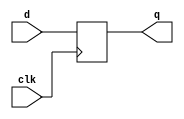
module flopr # (parameter WIDTH = 8)
               (input                    clk,
                input      [WIDTH - 1:0] d,
                output reg [WIDTH - 1:0] q);

    always @ (posedge clk)
        q <= d;
endmodule